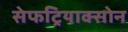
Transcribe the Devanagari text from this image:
सेफट्रियाक्सोन